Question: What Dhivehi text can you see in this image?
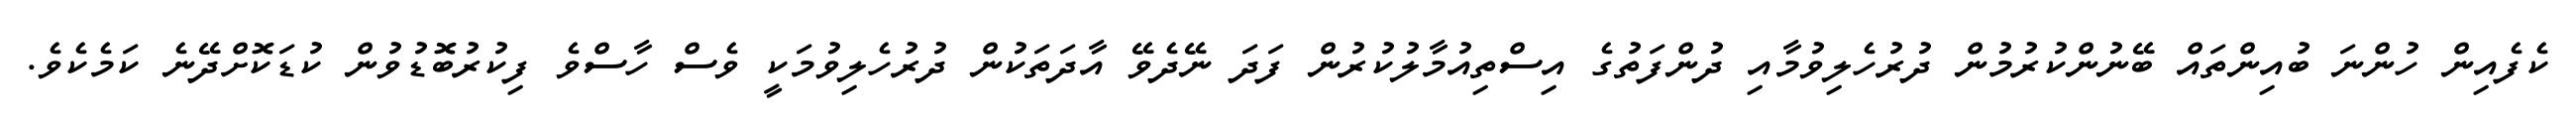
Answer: ކެފެއިން ހުންނަ ބުއިންތައް ބޭނުންކުރުމުން ދުރުހެލިވުމާއި ދުންފަތުގެ އިސްތިއުމާލުކުރުން ފަދަ ނޭދެވޭ އާދަތަކުން ދުރުހެލިވުމަކީ ވެސް ހާސްވެ ފިކުރުބޮޑުވުން ކުޑަކޮށްދޭނެ ކަމެކެވެ.